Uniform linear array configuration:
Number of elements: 16
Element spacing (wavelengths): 0.75
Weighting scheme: cosine
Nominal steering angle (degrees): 60
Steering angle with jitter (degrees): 58.527
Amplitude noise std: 0.05
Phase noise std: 0.05

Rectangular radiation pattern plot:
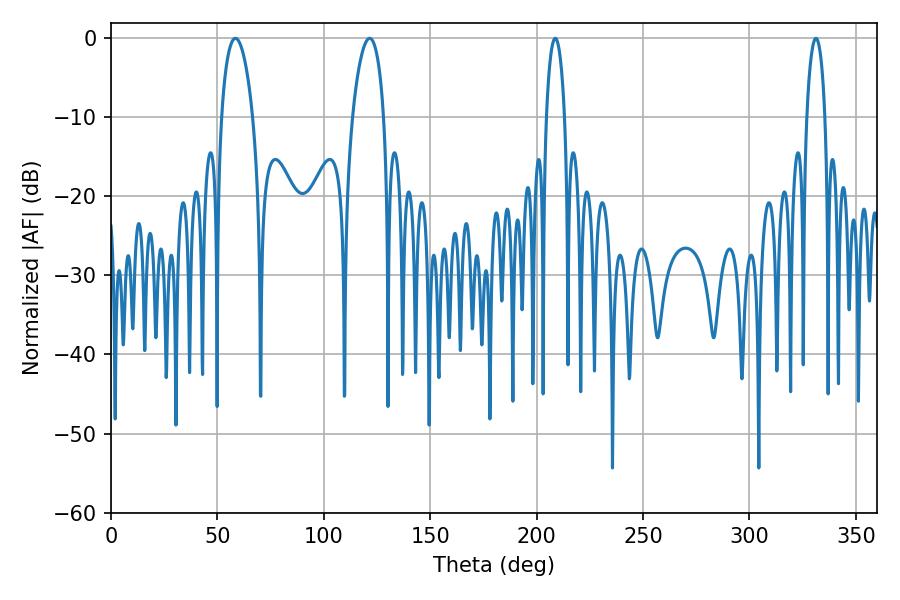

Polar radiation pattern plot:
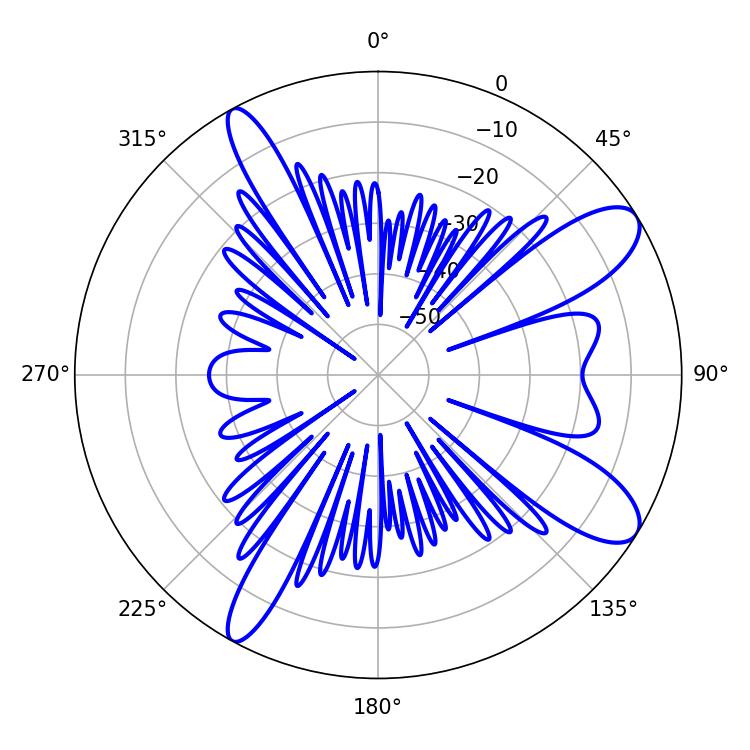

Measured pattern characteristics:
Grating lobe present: TRUE
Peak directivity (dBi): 10.33
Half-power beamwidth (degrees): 8.28
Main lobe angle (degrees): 58.5